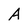
Character: A